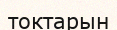
токтарын